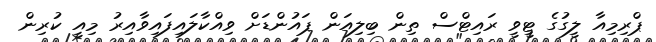
ޕްރިމިއާ ލީގުގެ ޓީވީ ރައިޓްސް ތިން ބިލިއަން ޕައުންޑަށް ވިއްކާލައިފައިވާއިރު މިއީ ކުރިން